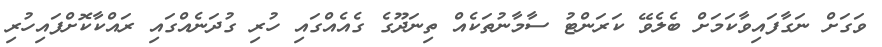
ވަގަށް ނަގާފައިވާކަމަށް ބެލެވޭ ކަރަންޓު ސާމާނުތަކެއް ތިނަދޫގެ ގެއެއްގައި ހުރި ގުދަނެއްގައި ރައްކާކޮށްފައިހުރި